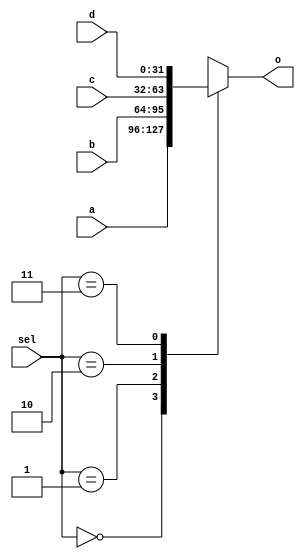
//--------------------------------------------------------------------------------
// Entity   mux_21 
// Version: 1.0
// Description: 32 bit 4:1 Multiplexer
//--------------------------------------------------------------------------------

module mux_41 
   (
    input wire [31:0] a,
    input wire [31:0] b,
    input wire [31:0] c,
    input wire [31:0] d,
    input wire [1:0] sel,
    output reg [31:0] o
    );

  always @ (a or b or c or d or sel)
  begin
    case (sel)
      2'b00: 
          o = a;
      2'b01: 
          o = b;
      2'b10: 
          o = c; 
      2'b11:
          o = d;  
     endcase     
  end

endmodule